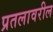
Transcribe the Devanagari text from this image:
प्रतलावरील